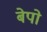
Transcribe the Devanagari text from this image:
बेपो